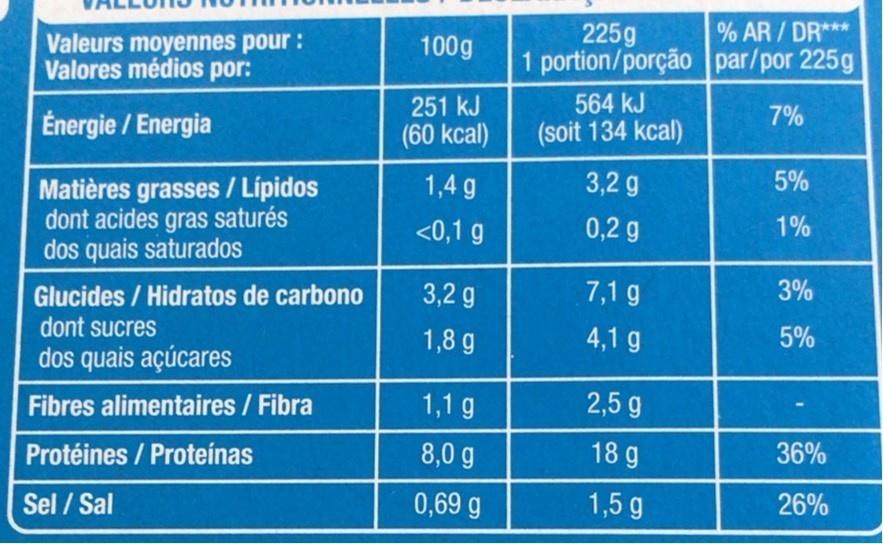
% AR / DR***
Valeurs moyennes pour: Valores médios por:
225g 1 portion/porção par/por 225g
100g
251 kJ
564 kJ
Énergie / Energia
(60 kcal)
(soit 134 kcal)
7%
1,4 g
3,2 g
5%
Matières grasses/ Lípidos dont acides gras saturés dos quais saturados
<0,1 g
0,2 g
1%
3%
Glucides / Hidratos de carbono dont sucres
3,2 g
7,1 g
1,8 g
4,1 g
5%
dos quais açúcares
Fibres alimentaires / Fibra
1,1 g
2,5 g
Protéines / Proteínas
8,0 g
18 g
36%
Sel / Sal
0,69 g
1,5 g
26%